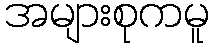
အများစုကမူ